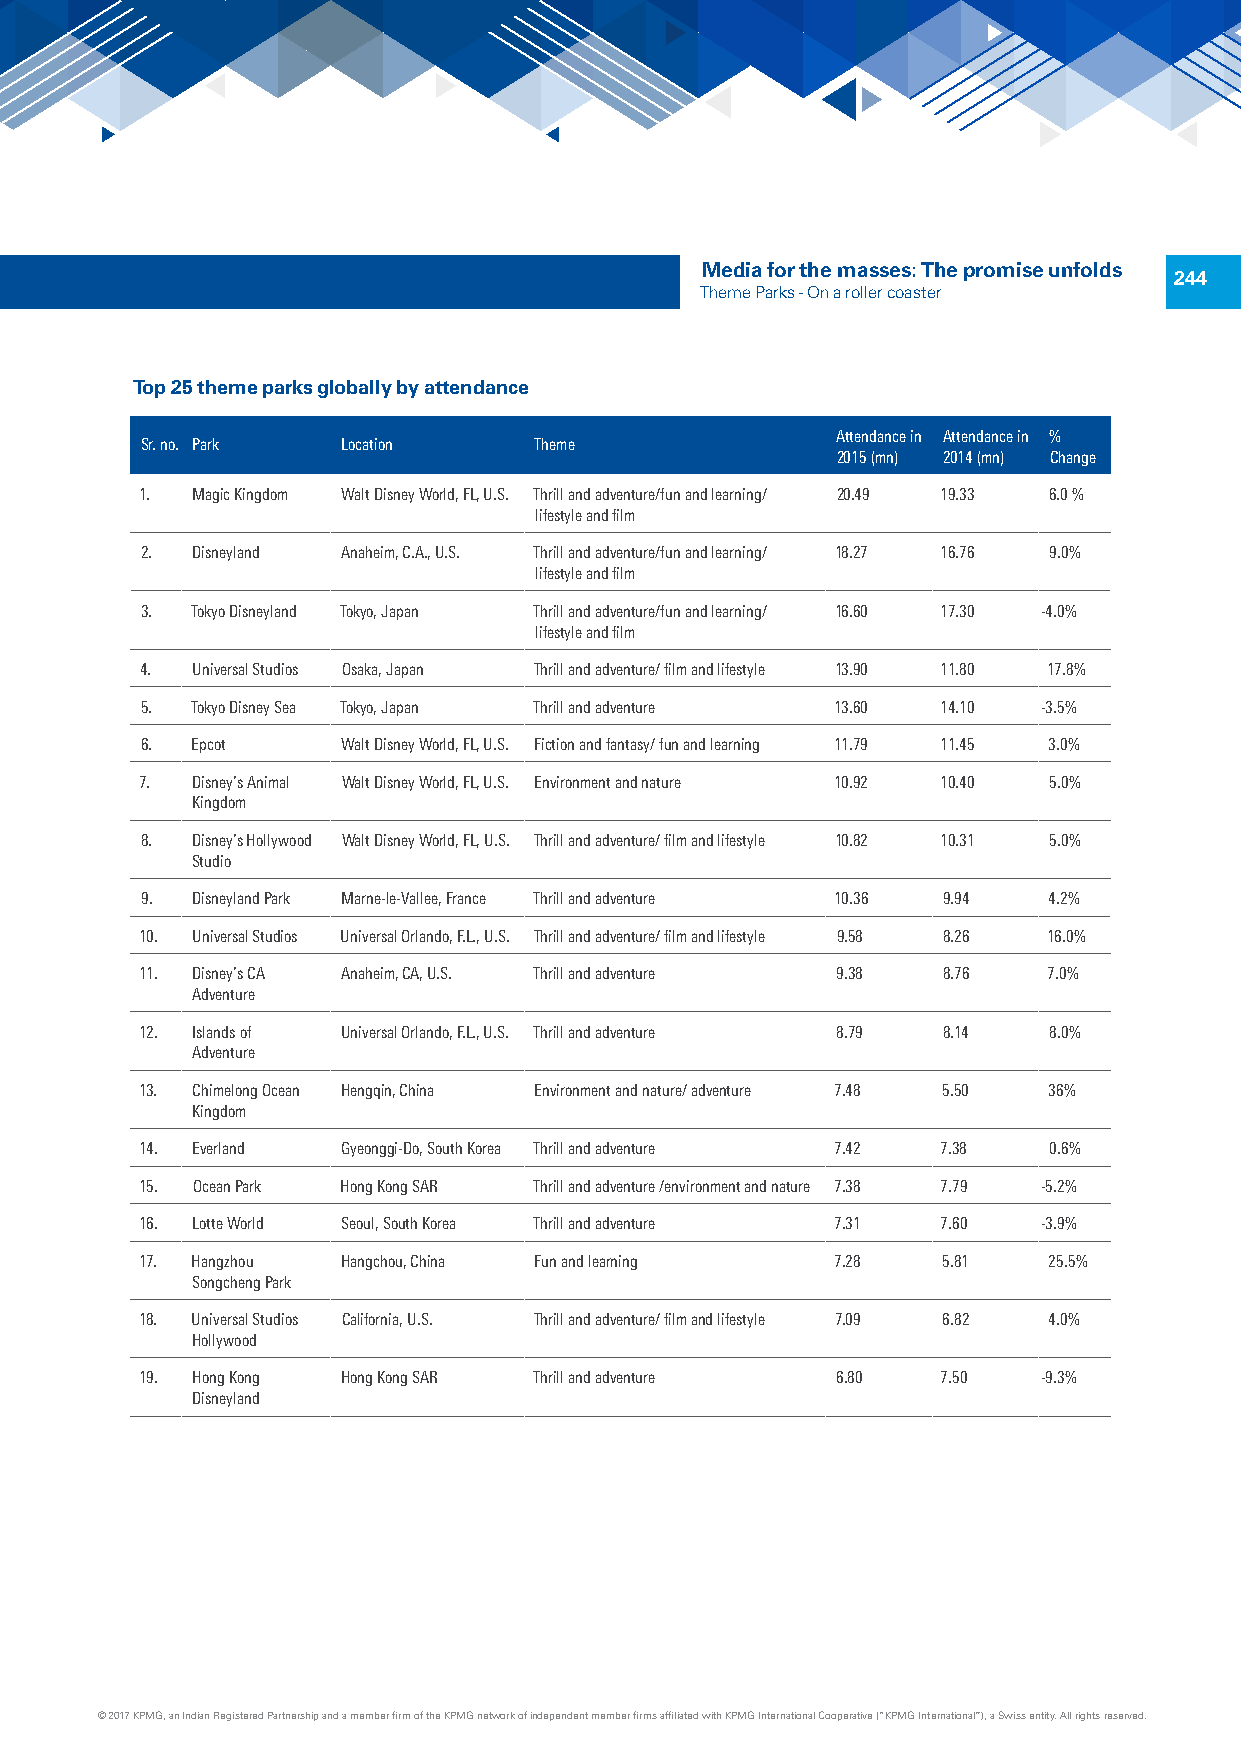
Media for the masses: The promise unfolds
 244
 Theme Parks - On a roller coaster
 Top 25 theme parks globally by attendance
 Attendance in Attendance in %
 Sr. no. Park  Location    Theme
 2015 (mn) 2014 (mn) Change
 1.  Magic Kingdom Walt Disney World, FL, U.S. Thrill and adventure/fun and learning/ 20.49 19.33 6.0 %
 lifestyle and film
 2.  Disneyland Anaheim, C.A., U.S. Thrill and adventure/fun and learning/ 18.27 16.76 9.0%
 lifestyle and film
 3.  Tokyo Disneyland Tokyo, Japan Thrill and adventure/fun and learning/ 16.60 17.30 -4.0%
 lifestyle and film
 4.  Universal Studios Osaka, Japan Thrill and adventure/ film and lifestyle 13.90 11.80 17.8%
 5.  Tokyo Disney Sea Tokyo, Japan Thrill and adventure 13.60 14.10 -3.5%
 6.  Epcot     Walt Disney World, FL, U.S. Fiction and fantasy/ fun and learning 11.79 11.45 3.0%
 7.  Disney’s Animal Walt Disney World, FL, U.S. Environment and nature 10.92 10.40 5.0%
 Kingdom
 8.  Disney’s Hollywood Walt Disney World, FL, U.S. Thrill and adventure/ film and lifestyle 10.82 10.31 5.0%
 Studio
 9.  Disneyland Park Marne-le-Vallee, France Thrill and adventure 10.36 9.94 4.2%
 10. Universal Studios Universal Orlando, F.L., U.S. Thrill and adventure/ film and lifestyle 9.58 8.26 16.0%
 11. Disney’s CA Anaheim, CA, U.S. Thrill and adventure 9.38 8.76 7.0%
 Adventure
 12. Islands of Universal Orlando, F.L., U.S. Thrill and adventure 8.79 8.14 8.0%
 Adventure
 13. Chimelong Ocean Hengqin, China Environment and nature/ adventure 7.48 5.50 36%
 Kingdom
 14. Everland  Gyeonggi-Do, South Korea Thrill and adventure 7.42 7.38 0.6%
 15. Ocean Park Hong Kong SAR Thrill and adventure /environment and nature 7.38 7.79 -5.2%
 16. Lotte World Seoul, South Korea Thrill and adventure 7.31 7.60 -3.9%
 17. Hangzhou  Hangchou, China Fun and learning 7.28  5.81   25.5%
 Songcheng Park
 18. Universal Studios California, U.S. Thrill and adventure/ film and lifestyle 7.09 6.82 4.0%
 Hollywood
 19. Hong Kong Hong Kong SAR Thrill and adventure 6.80 7.50  -9.3%
 Disneyland
 © 2017 KPMG, an Indian Registered Partnership and a member firm of the KPMG network of independent member firms affiliated with KPMG International Cooperative (“KPMG International”), a Swiss entity. All rights reserved.